Indian journal of veterinary science and animal husbandry - Volumes 24-25, 1954-1955
Year: 1954
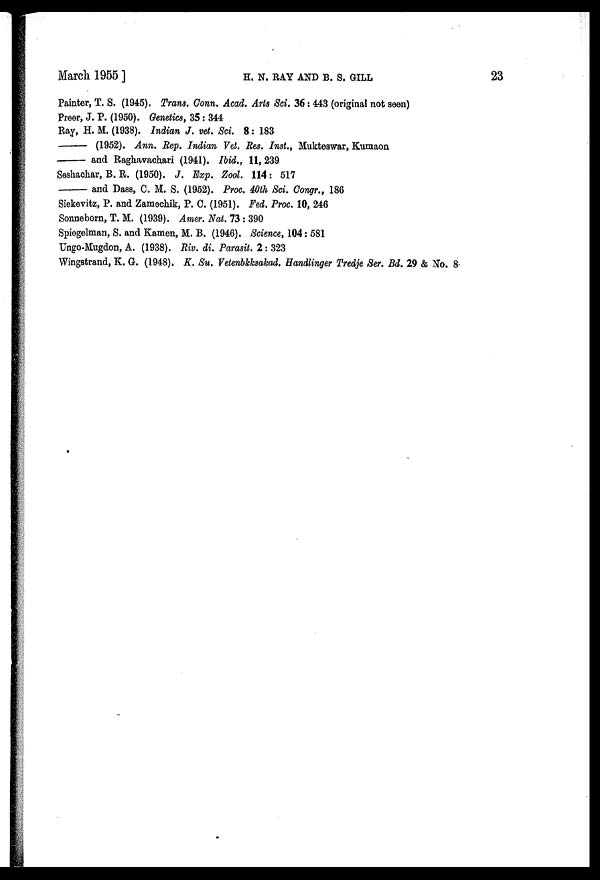
March 1955]
H.
N.
RAY
AND
B.
S.
GILL
23
Painter, T. S. (1945). Trans. Conn. Acad. Arts Sci. 36 : 443 (original not seen)
Preer, J. P. (1950). Genetics, 35 : 344
Ray, H. M. (1938). Indian J. vet. Sci. 8 : 183
—
(1952). Ann. Rep. Indian Vet. Res. Inst., Mukteswar, Kumaon
—
and Raghavachari (1941). Ibid., 11, 239
Seshachar, B. R. (1950). J. Exp. Zool. 114: 517
—and
Dass, C. M. S. (1952). Proc. 40th Sci. Congr., 186
Siekevitz, P. and Zamechik, P. C. (1951). Fed. Proc. 10, 246
Sonneborn, T. M. (1939). Amer. Nat. 73 : 390
Spiegelman, S. and Kamen, M. B. (1946). Science, 104 : 581
Ungo-Mugdon, A. (1938). Riv. di. Parasit. 2 : 323
Wingstrand, K. G. (1948). K. Su. Vetenbkksakad. Handlinger Tredje Ser. Bd. 29 & No. 8